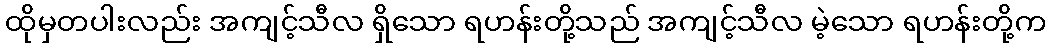
ထိုမှတပါးလည်း အကျင့်သီလ ရှိသော ရဟန်းတို့သည် အကျင့်သီလ မဲ့သော ရဟန်းတို့က